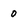
Character: 0